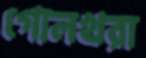
গোলখরা